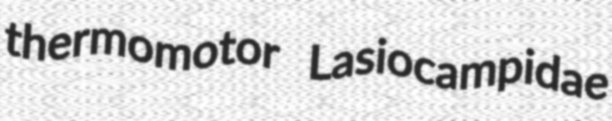
thermomotor Lasiocampidae